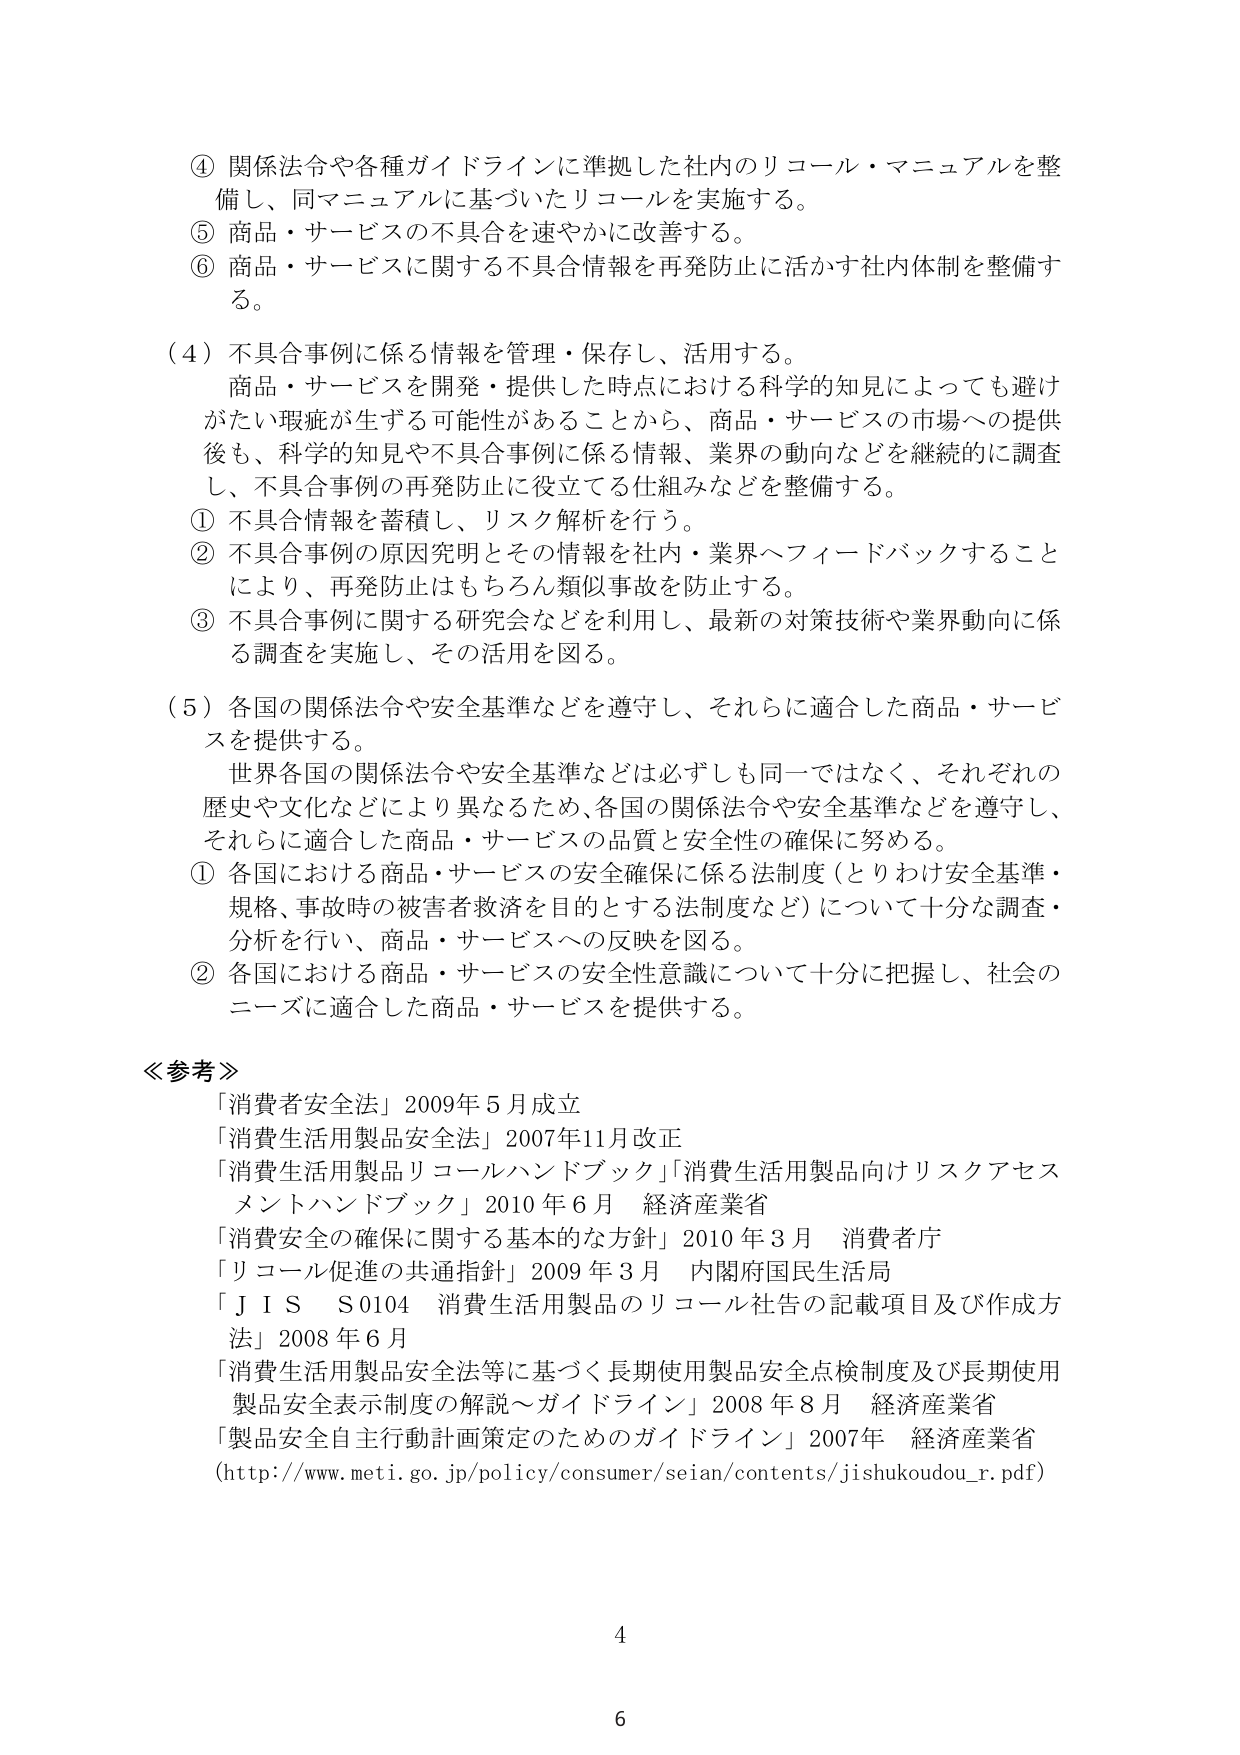
④ 関係法令や各種ガイドラインに準拠した社内のリコール・マニュアルを整備し、同マニュアルに基づいたリコールを実施する。
⑤ 商品・サービスの不具合を速やかに改善する。
⑥ 商品・サービスに関する不具合情報を再発防止に活かす社内体制を整備する。

（４）不具合事例に係る情報を管理・保存し、活用する。
商品・サービスを開発・提供した時点における科学的知見によっても避けがたい瑕疵が生ずる可能性があることから、商品・サービスの市場への提供後も、科学的知見や不具合事例に係る情報、業界の動向などを継続的に調査し、不具合事例の再発防止に役立てる仕組みなどを整備する。
① 不具合情報を蓄積し、リスク解析を行う。
② 不具合事例の原因究明とその情報を社内・業界へフィードバックすることにより、再発防止はもちろん類似事故を防止する。
③ 不具合事例に関する研究会などを利用し、最新の対策技術や業界動向に係る調査を実施し、その活用を図る。

（５）各国の関係法令や安全基準などを遵守し、それらに適合した商品・サービスを提供する。
世界各国の関係法令や安全基準などは必ずしも同一ではなく、それぞれの歴史や文化などにより異なるため、各国の関係法令や安全基準などを遵守し、それらに適合した商品・サービスの品質と安全性の確保に努める。
① 各国における商品・サービスの安全確保に係る法制度（とりわけ安全基準・規格、事故時の被害者救済を目的とする法制度など）について十分な調査・分析を行い、商品・サービスへの反映を図る。
② 各国における商品・サービスの安全性意識について十分に把握し、社会のニーズに適合した商品・サービスを提供する。

≪参考≫
「消費者安全法」2009年5月成立
「消費生活用製品安全法」2007年11月改正
「消費生活用製品リコールハンドブック」「消費生活用製品向けリスクアセスメントハンドブック」2010年6月 経済産業省
「消費安全の確保に関する基本的な方針」2010年3月 消費者庁
「リコール促進の共通指針」2009年3月 内閣府国民生活局
「ＪＩＳ Ｓ0104 消費生活用製品のリコール社告の記載項目及び作成方法」2008年6月
「消費生活用製品安全法等に基づく長期使用製品安全点検制度及び長期使用製品安全表示制度の解説～ガイドライン」2008年8月 経済産業省
「製品安全自主行動計画策定のためのガイドライン」2007年 経済産業省
（http://www.meti.go.jp/policy/consumer/seian/contents/jishukoudou_r.pdf）

4
6